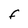
Character: f